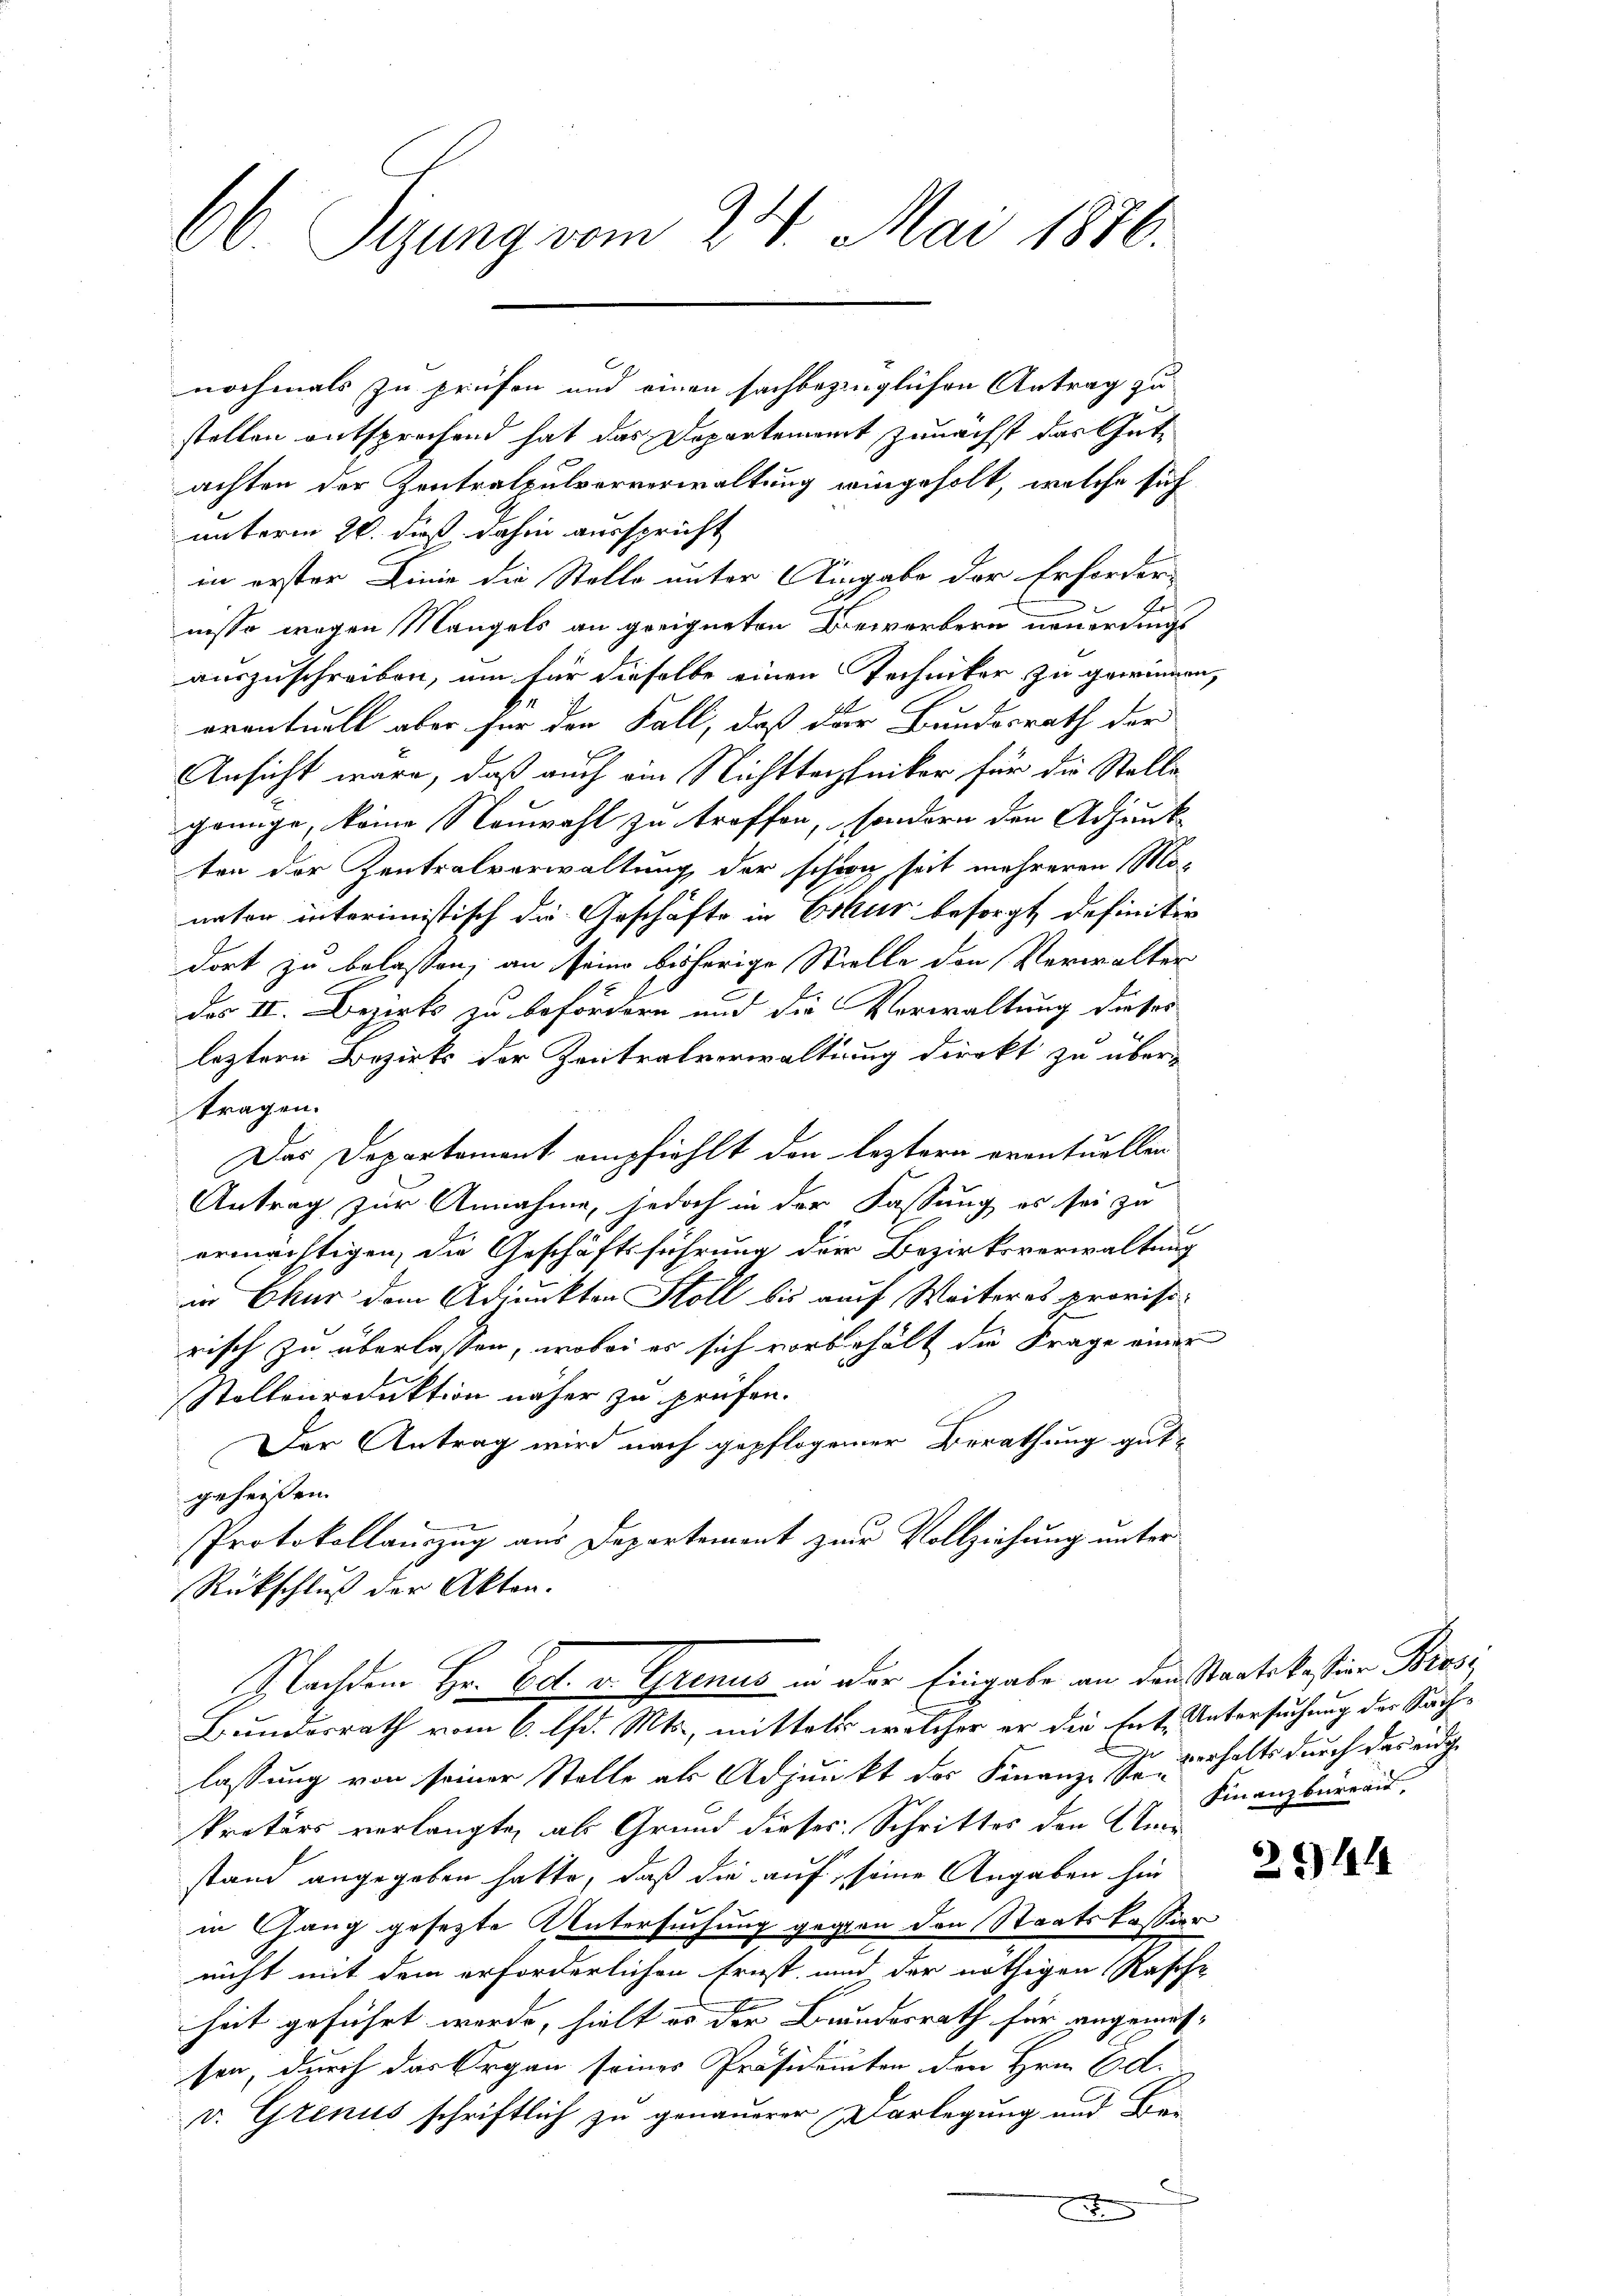
66. Seizung vom 24. Mai 1876.

unterm 20. dieß dahin ausspricht
in erster Linie die Stelle unter Eingabe der Erforder-
nisse wegen Mangels an geeigneten Bewerbern neuerdings
auszuschreiben, um für dieselbe einen Techniker, zu gewinnen,
eventuell aber für den Fall, daß der Bundesrath der
Ansicht wäre, daß auch ein Nichttechniker für die Stelle
gringe, keine Neuwahl zu treffen, sondern den Adjunk
ten der Zentralverwaltung der schwer seit mehreren Mönator interimistisch die Geschäfte in Eskar besorgt definitiv
dort zu belassen, an seine bisherige Stielle den Verwalter
des II. Bezirks zu befördern und die Verwaltung dieses
leztern Bezirks der Zentralverwaltung direkt zu über-
tragen.
Das Departement empfiehlt den leztern eventuellen
Antrag zur Annahme, jedoch in der Fassung es sei zu
ermächtigen, die Geschäftsführung der Bezirksverwaltung
in Chur dem Adjunkten Stoll bis auch Weiteres provisorisch zu überlassen, wobei es sich vorbehält die Frage einer
Stollen reduktion näher zu prüfen.
Der Antrag wird nach gepflogener Berathung gut-
geheißen
Protokollauszug aus Departement zur Vollziehung unter
Rückschluß der Akten.
Nachdem Hr. Bat. v. Grinus in der Eingabe an den Staatskastian Bres¬
Bundesrath vom 6. d. Mts., mittels welcher er die Ent- Untersuchung der Sachelassung von seiner Stelle als Adjunkt der Finanze Er verhalts durch das eidge
kretärs verlangte, als Grund dieses Schrittes den Unre
stand angegeben hatte, daß die auf, seine Angaben hin
in Gang gesezte Untersuchung gegen den Staatskassier
nicht mit dem erforderlichen Ernst, und der nöthigen Rasche
heit geführt werde, hielt es der Bundesrath für angemessen, durch das Organ seines Präsidenten den Hrn. Ed.
v. Grenus schriftlich zu genauerer Darlegung und Bar-
x

nochmals zu prüfen und einen sachbezinglichen Antrag zu
stellen entsprechend hat das Departement zunächst das Gutachten der Zentralpulververwaltung eingeholt, welche sich

Finanzbürege

2544